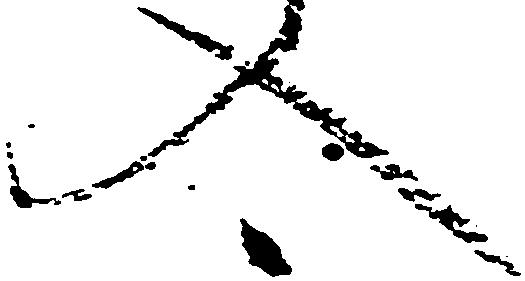
入